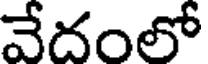
వేదంలో